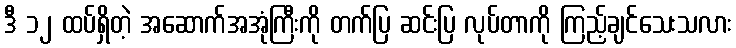
ဒီ ၁၂ ထပ်ရှိတဲ့ အဆောက်အအုံကြီးကို တက်ပြ ဆင်းပြ လုပ်တာကို ကြည့်ချင်သေးသလား